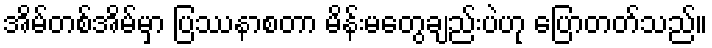
အိမ်တစ်အိမ်မှာ ပြဿနာစတာ မိန်းမတွေချည်းပဲဟု ပြောတတ်သည်။